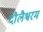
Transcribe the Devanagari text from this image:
दौलैश्वरम